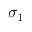
\sigma _ { 1 }